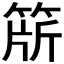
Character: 𬕕